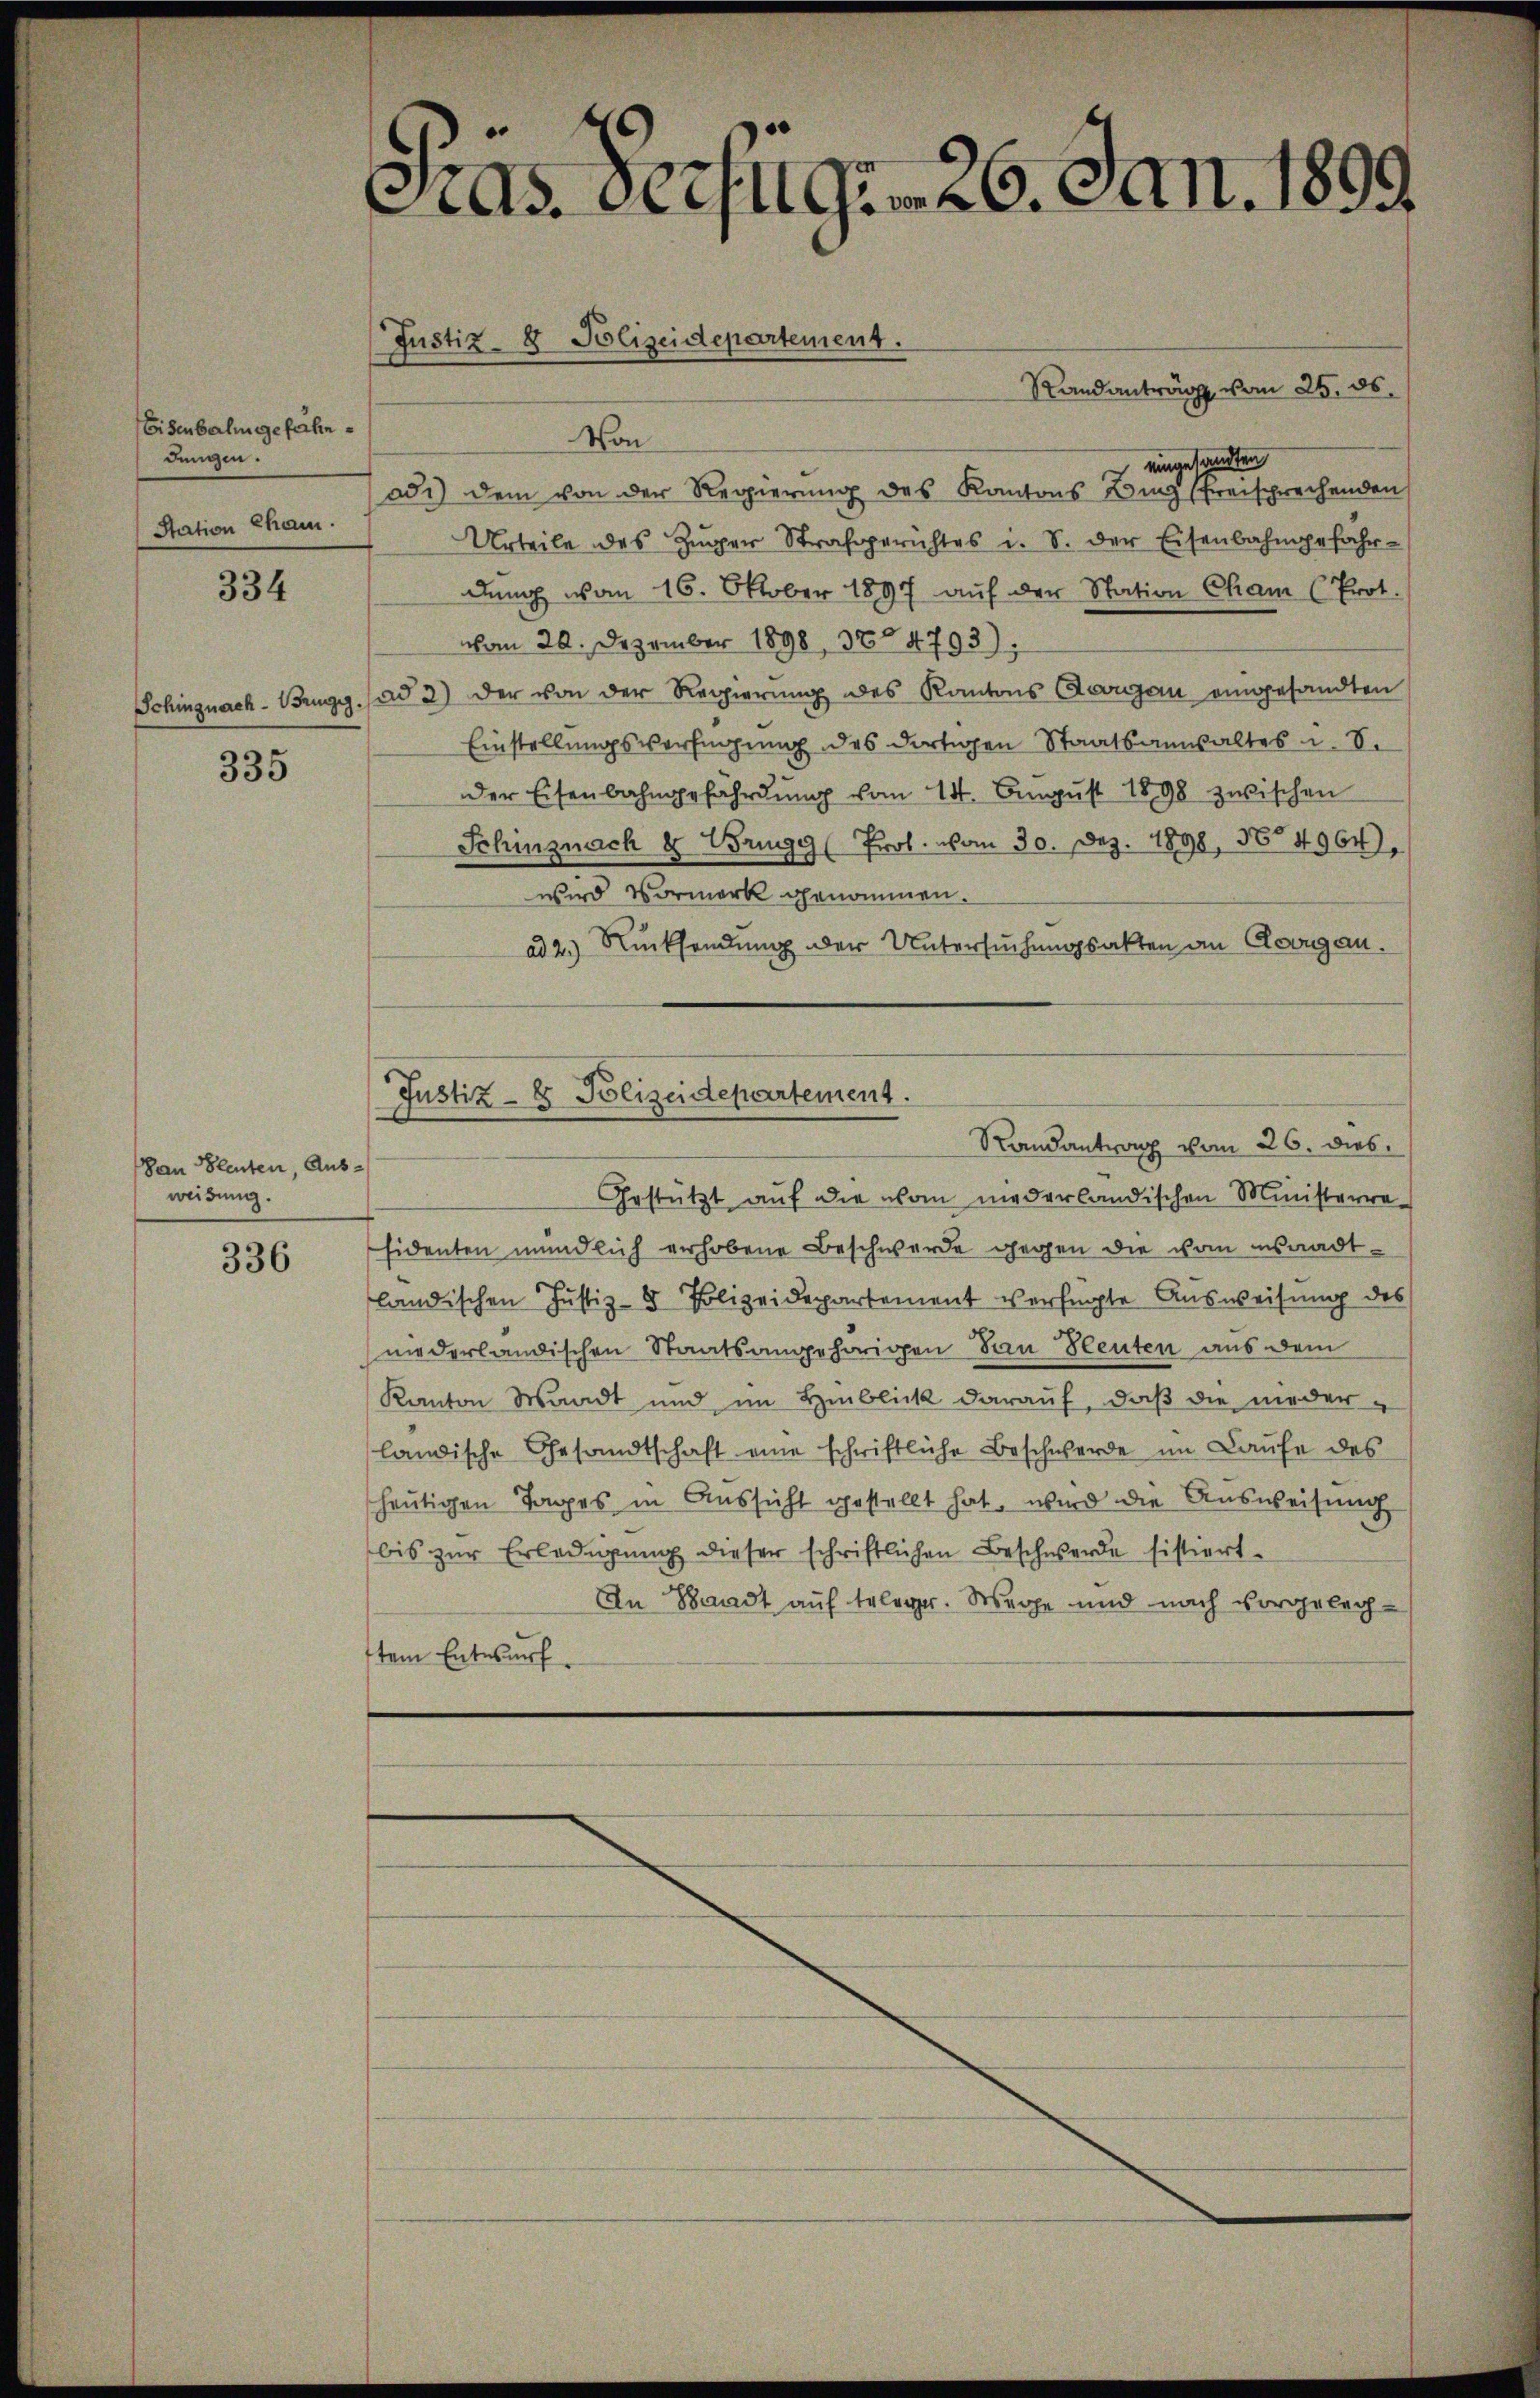
Eisenbahn gefährdungen.
Station Cham.

334

335

Dan Bleuten, Ausweisung.

336

As. Verfügen 26. Jan. 1899
(Justiz- & Polizeidepartement.

Randantrag vom 25. ds.
Von
eingesandten
ad1) dem von der Regierung des Kantons Binz (freisprechenden
Urteile des Zŭger Strafgerichtes i. S. der Eisenbahngefahr-
dŭng von 16. Oktober 1897 aŭf der Station Cham (Prot.
vom 20. Dezember 1898, 3084793).
Schingnach - Brugg. (ad 3) der von der Regierung des Kantons Aargau eingesandten
Einstellungsverfügung des dortigen Staatsanwaltes u. I.
der Eisenbahngefährdŭng vom 14. Aŭgŭst 1898 zwischen
Schinznach & Brugg (Prol. vom 30. Dez. 1898, 564964.
wird Vormerk genommen.
ad 2.) Rücksendung der Untersuchungsakten an Clorgan.
Justiz- & Polizeidepartement.
Randantrag vom 26. dies
Gestützt auf die von niederländischen Ministerre-
sidenten mündlich erhobene Beschwerde gegen die vom waadtländischen Justiz- & Polizeidepartement verfügte Ausweisung des
niederländischen Staatsangehörigen an Heuten aus dem
Kanton Waadt und im Hinblick darauf, daß die niederländische Gesandtschaft eine schriftliche Beschwerde im Laŭfe des
heutigen Tages in Aussicht gestellt hat, wird die Ausweisung
bis zŭr Erledigŭng dieser schriftlichen Beschwerde sistiert.
An Bradt auf Erlege. Wege und nach vorgelegtem Entwurf.